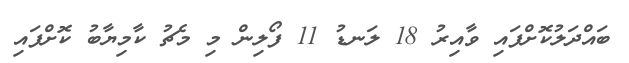
ބައްދަލުކޮށްފައި ވާއިރު 18 ލަނޑު 11 ފޯލިން މި މެޗު ކާމިޔާބު ކޮށްފައި